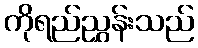
ကိုရည်ညွှန်းသည်